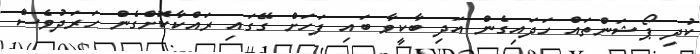
ކުދި ޕޯޝަންތައް ހަދައިގެން އަދި ބާކީވާ ބައި ފަހަށް ގޭގައި ރައްކާކޮށްގެން ހަރަދުވެސް